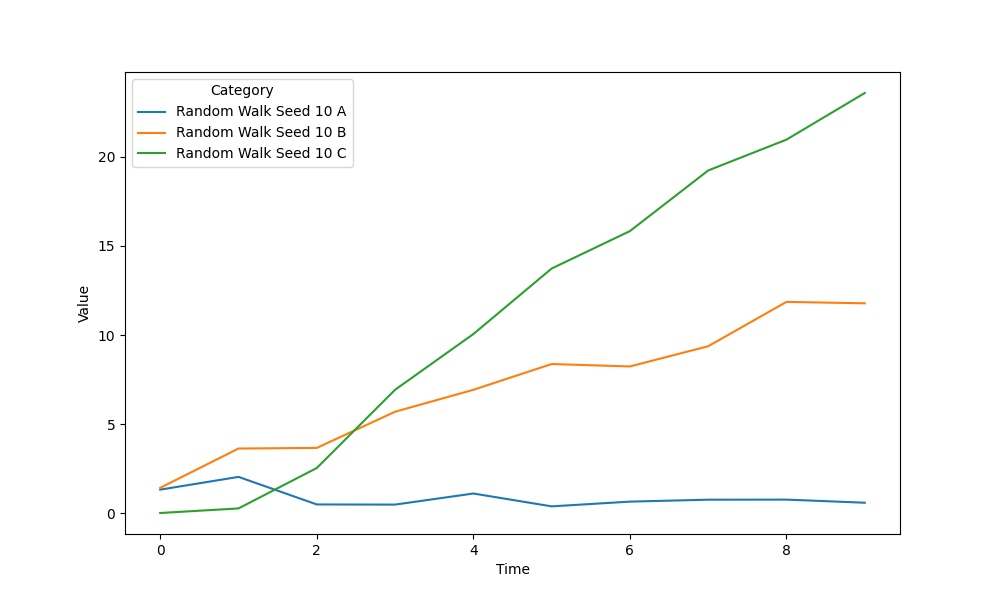
python, seaborn, lineplot, style='solid', marker='None'